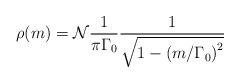
LaTeX: \begin{align*}\rho(m)={\mathcal {N}} \frac{1}{\pi \Gamma_0} \frac{1}{\sqrt{1 -\left(m/\Gamma_0\right)^2}}\end{align*}